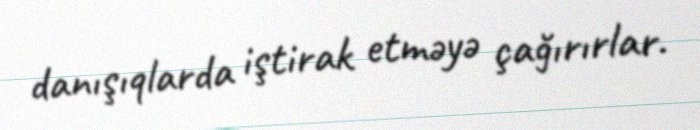
danışıqlarda iştirak etməyə çağırırlar.